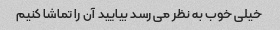
خیلی خوب به نظر می رسد بیایید آن را تماشا کنیم